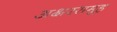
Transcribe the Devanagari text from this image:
अक्षरसमूह